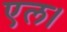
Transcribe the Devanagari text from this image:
एल।